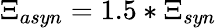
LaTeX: \Xi_{asyn}=1.5*\Xi_{syn}